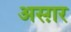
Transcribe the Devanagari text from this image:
अस्ग़र